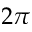
2 \pi